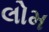
લોમ